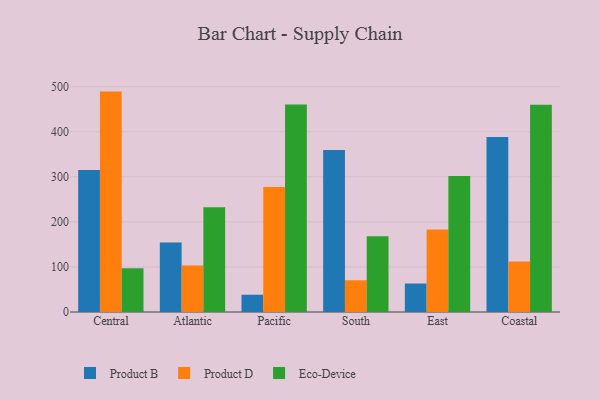
{"axis": {"x": "Region", "y": "Latency (ms)"}, "legend": ["Eco-Device", "Product B", "Product D"], "data": [{"x": "Central", "y": 315.0, "type": "Product B"}, {"x": "Central", "y": 489.1, "type": "Product D"}, {"x": "Central", "y": 96.9, "type": "Eco-Device"}, {"x": "Atlantic", "y": 154.2, "type": "Product B"}, {"x": "Atlantic", "y": 103.2, "type": "Product D"}, {"x": "Atlantic", "y": 232.2, "type": "Eco-Device"}, {"x": "Pacific", "y": 38.3, "type": "Product B"}, {"x": "Pacific", "y": 277.2, "type": "Product D"}, {"x": "Pacific", "y": 460.6, "type": "Eco-Device"}, {"x": "South", "y": 359.3, "type": "Product B"}, {"x": "South", "y": 70.4, "type": "Product D"}, {"x": "South", "y": 168.3, "type": "Eco-Device"}, {"x": "East", "y": 63.2, "type": "Product B"}, {"x": "East", "y": 183.2, "type": "Product D"}, {"x": "East", "y": 301.6, "type": "Eco-Device"}, {"x": "Coastal", "y": 388.2, "type": "Product B"}, {"x": "Coastal", "y": 111.8, "type": "Product D"}, {"x": "Coastal", "y": 459.7, "type": "Eco-Device"}]}